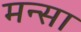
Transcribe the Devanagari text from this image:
मन्सा